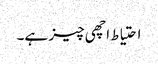
احتیاط اچھی چیز ہے۔